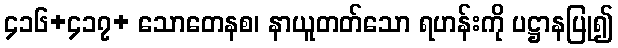
၄၁၆+၄၁၇+ သောတေနစ၊ နာယူတတ်သော ရဟန်းကို ပဋ္ဌာနပြု၍